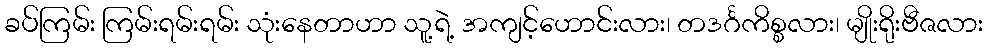
ခပ်ကြမ်း ကြမ်းရမ်းရမ်း သုံးနေတာဟာ သူ့ရဲ့ အကျင့်ဟောင်းလား၊ တဒင်္ဂကိစ္စလား၊ မျိုးရိုးဗီဇလား